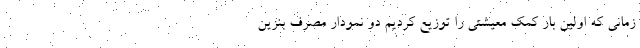
زمانی که اولین بار کمک معیشتی را توزیع کردیم دو نمودار مصرف بنزین